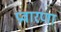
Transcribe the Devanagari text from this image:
प्रवारणा